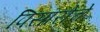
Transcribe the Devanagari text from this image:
पिसारोचे